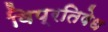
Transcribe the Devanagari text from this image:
विप्रतिषेध